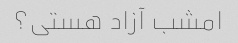
امشب آزاد هستی؟